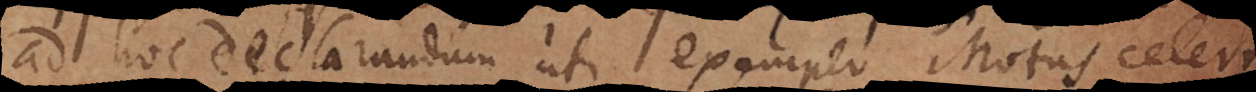
ad hoc declarandum uti exemplo motus celer